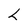
Character: L